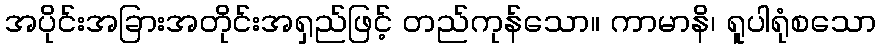
အပိုင်းအခြားအတိုင်းအရှည်ဖြင့် တည်ကုန်သော။ ကာမာနိ၊ ရူပါရုံစသော